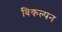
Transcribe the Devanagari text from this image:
विकल्पन